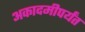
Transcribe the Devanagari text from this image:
अकादमीपर्यंत